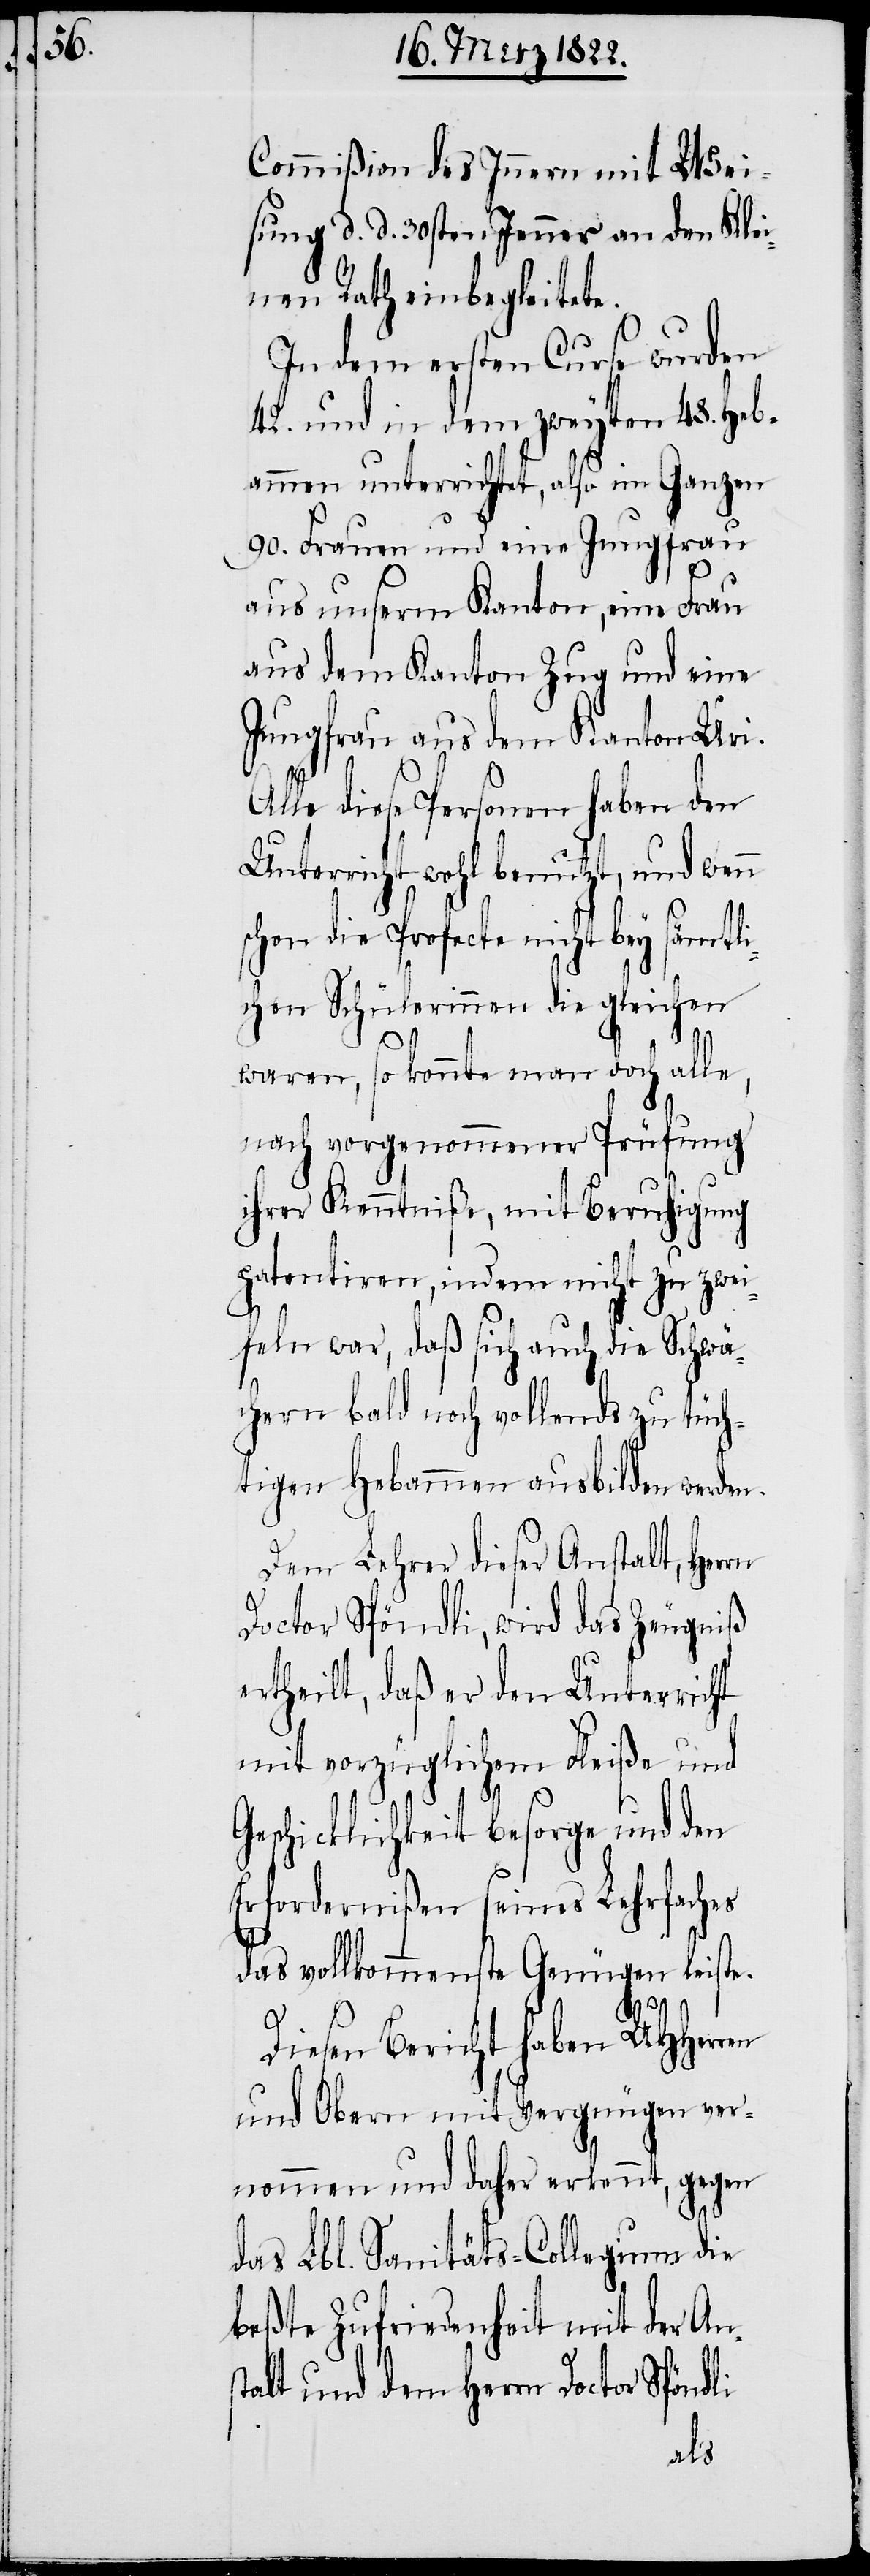
Commißion des Innern mit Wei¬
sung d. d. 30sten Jenner an den Klei¬
nen Rath einbegleitete.
In dem ersten Curse wurden
42. und in dem zweyten 48. Heb¬
ammen unterrichtet, also im Ganzen
90. Frauen und eine Jungfrau
aus unserm Kanton, eine Frau
aus dem Kanton Zug und eine
Jungfrau aus dem Kanton Uri.
lle diese Personen haben den
Unterricht wohl benutzt, und wenn
schon die Profecte nicht bey sämtli¬
chen Schülerinnen die gleichen
waren, so konnte man doch alle,
nach vorgenommener Prüfung
ihrer Kenntniße, mit Beruhigung
patentiren, indem nicht zu zwei¬
feln war, daß sich auch die Schwäc¬
hern bald noch vollends zu tüch¬
tigen Hebammen ausbilden werden.
Dem Lehrer dieser Anstalt, Herrn
Doctor Spöndli, wird das Zeugniß
ertheilt, daß er den Unterricht
mit vorzüglichem Fleiße und
Geschicklichkeit besorge und den
A¬
Erfordernißen seines Lehrfaches
das vollkommenste Genügen leiste.
Diesen Bericht haben UHHerren
und Obern mit Vergnügen ver¬
nommen und daher erkennt, gegen
das Lbl. Sanitäts-Collegium die
beßte Zufriedenheit mit der Ans¬
talt und dem Herrn Doctor Spöndli